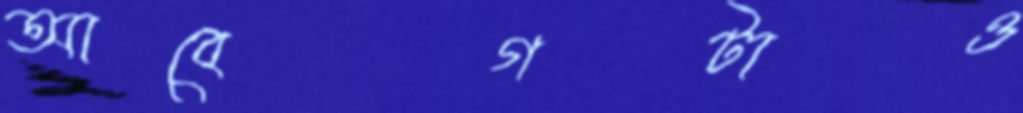
আবেগটাও